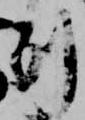
列